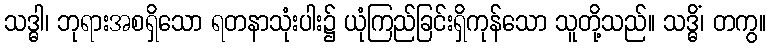
သဒ္ဓါ၊ ဘုရားအစရှိသော ရတနာသုံးပါး၌ ယုံကြည်ခြင်းရှိကုန်သော သူတို့သည်။ သဒ္ဓိံ၊ တကွ။